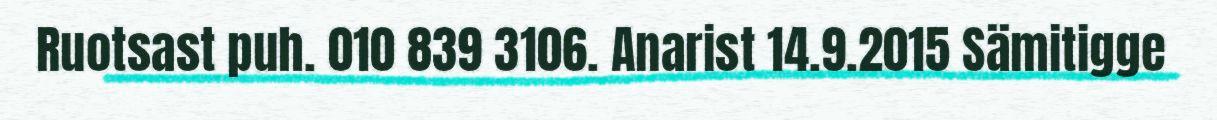
Ruotsast puh. 010 839 3106. Anarist 14.9.2015 Sämitigge